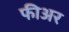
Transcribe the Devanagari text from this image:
फीअर